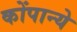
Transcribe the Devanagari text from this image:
कोंपान्ये